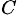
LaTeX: ^C